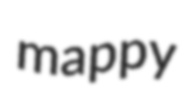
mappy